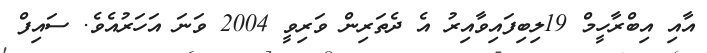
އާއި އިބްރާހީމް 19ލިބިފައިވާއިރު އެ ދެތަރިން ވަރިވީ 2004 ވަނަ އަހަރުއެވެ. ސައިފް